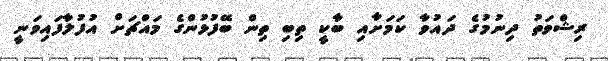
ރިޝްވަތު ދިނުމުގެ ދައުވާ ކަމަށާއި ބާކީ ތިބި ތިން ބޭފުޅުންގެ މައްޗަށް އުފުލާފައިވަނީ